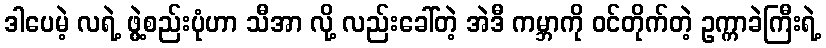
ဒါပေမဲ့ လရဲ့ ဖွဲ့စည်းပုံဟာ သီအာ လို့ လည်းခေါ်တဲ့ အဲဒီ ကမ္ဘာကို ဝင်တိုက်တဲ့ ဥက္ကာခဲကြီးရဲ့